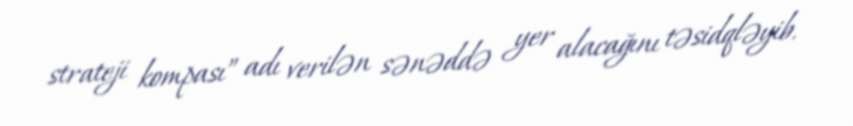
strateji kompası” adı verilən sənəddə yer alacağını təsidqləyib.